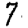
Digit: 7